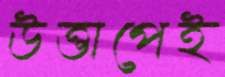
উত্তাপেই